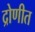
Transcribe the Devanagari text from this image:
द्रोणीत